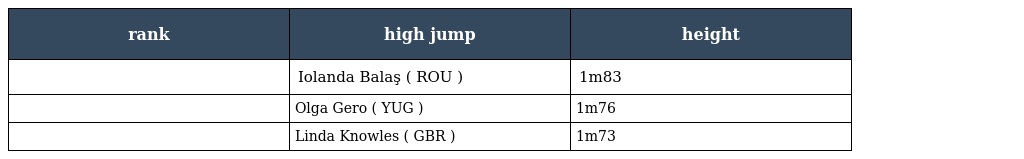
| rank | high jump | height |
 | --- | --- | --- |
 |  | Iolanda Balaş ( ROU ) | 1m83 |
 |  | Olga Gero ( YUG ) | 1m76 |
 |  | Linda Knowles ( GBR ) | 1m73 |